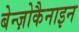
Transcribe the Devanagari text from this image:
बेन्ज़ोकैनाइन